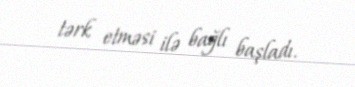
tərk etməsi ilə bağlı başladı.